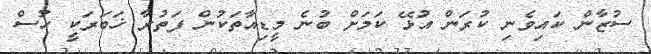
ސުޒާން ކައިވެނި ކުރަން އުޅޭ ކަމަށް ބުނެ މީޑިއާތަކުން ފަތުރާ ޚަބަރަކީ ހުސް